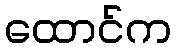
ထောင်က